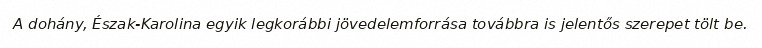
A dohány, Észak-Karolina egyik legkorábbi jövedelemforrása továbbra is jelentős szerepet tölt be.